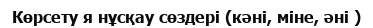
Көрсету я нұсқау сөздері (кәні, міне, әні )